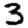
Digit: 3